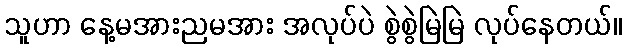
သူဟာ နေ့မအားညမအား အလုပ်ပဲ စွဲစွဲမြဲမြဲ လုပ်နေတယ်။